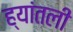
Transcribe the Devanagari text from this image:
ह्यांतली